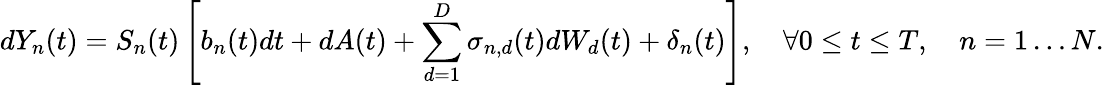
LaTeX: dY_{n}(t)=S_{n}(t)\left[b_{n}(t)dt+dA(t)+\sum_{d=1}^{D}\sigma_{n,d}(t)dW_{d}(t)+\delta_{n}(t)\right],\quad\forall 0\leq t\leq T,\quad n=1\ldots N.